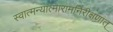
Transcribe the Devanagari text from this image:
स्वात्मन्यात्मारामनिरीक्षणात्